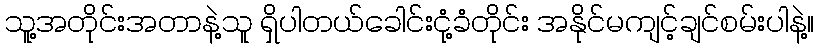
သူ့အတိုင်းအတာနဲ့သူ ရှိပါတယ်ခေါင်းငုံ့ခံတိုင်း အနိုင်မကျင့်ချင်စမ်းပါနဲ့။